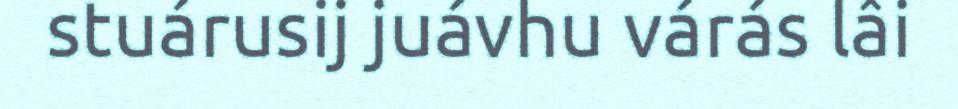
stuárusij juávhu várás lâi